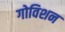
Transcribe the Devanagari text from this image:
गोविशन